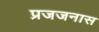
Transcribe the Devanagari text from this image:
प्रजजनास